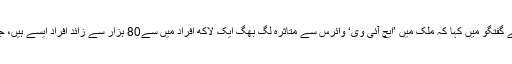
پاکستان ’نیشنل ایڈز کنٹرول پروگرام‘ کے سربراہ ڈاکٹر بصیر اچکزئی نے وائس آف امریکہ سے گفتگو میں کہا کہ ملک میں ’ایچ آئی وی‘ وائرس سے متاثرہ لگ بھگ ایک لاکھ افراد میں سے80 ہزار سے زائد افراد ایسے ہیں، جو ممکنہ طور پر ایچ آئی وی ایڈز کا شکار ہونے کے باوجود اپنی بیماری سے متعلق لاعلم ہیں۔